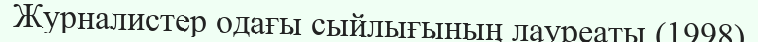
Журналистер одағы сыйлығының лауреаты (1998)